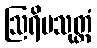
ဩရိမသုတ္တံ